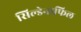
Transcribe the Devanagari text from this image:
सिल्डेनाफिल